Civil Veterinary Dept. North-West Frontier Province 1901-22 - 1901-1922
Year: 1901
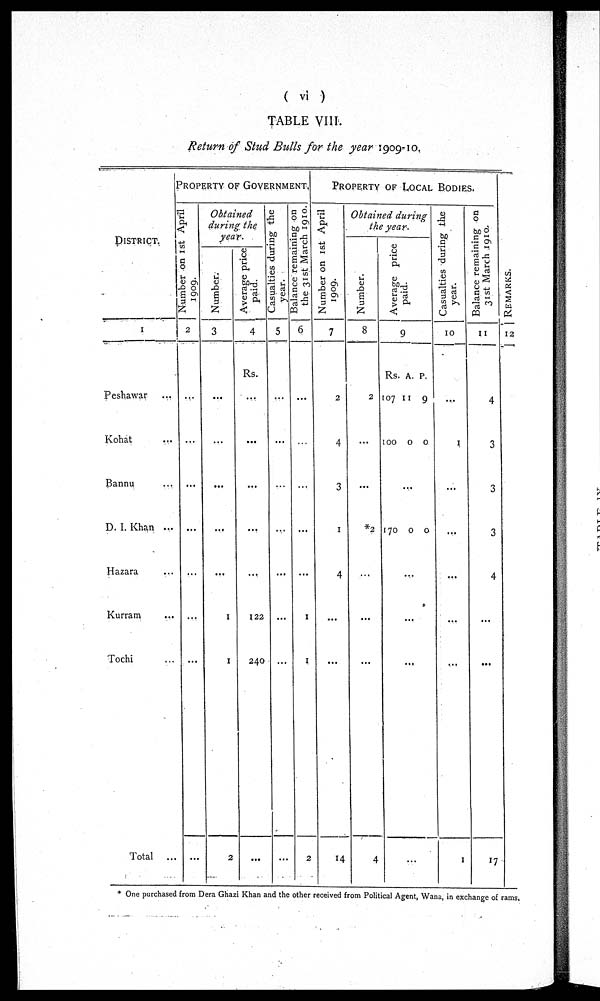
(vi)
TABLE VIII.
Return of Stud Bulls for the year 1909-10.
DISTRICT.
1
Peshawar ...
Kohat ...
Bannu ...
D. I. Khan ...
Hazara ...
Kurram ...
Tochi ...
Total ...
PROPERTY OF GOVERNMENT.
Number on 1st April
1909.
2
...
...
...
...
...
...
...
...
Obtained
during the
year.
Number.
3
...
...
...
...
...
1
1
2
Average price
paid.
4
Rs.
...
...
...
...
...
122
240
...
Casualties during the
year.
5
...
...
...
...
...
...
...
...
Balance remaining on
the 31st March 1910.
6
...
...
...
...
...
1
1
2
PROPERTY OF LOCAL BODIES.
Number on 1st April
1909.
7
2
4
3
1
4
...
...
14
Obtained during
the year.
Number.
8
2
...
...
*2
...
...
...
4
Ave r
a ge price
paid.
Rs.
107
100
170
...
...
9
A.
11
0
...
0
....
...
P.
9
0
0
Casualties during the
year.
10
...
1
...
...
...
...
...
1
Balance remaining on
31st March 1910.
11
4
3
3
3
4
...
...
17
RE MARKS .
12
* One purchased from Dera Ghazi Khan and the other received from Political Agent, Wana, in exchange of rams,